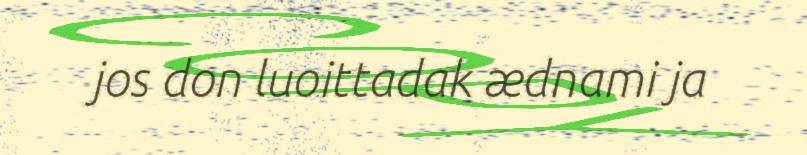
jos don luoittadak ædnami ja